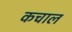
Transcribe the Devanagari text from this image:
कचाल